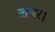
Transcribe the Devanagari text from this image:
ख़बर।